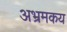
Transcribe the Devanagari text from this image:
अभ्रमकय